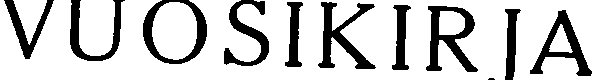
VUOSIKIRJA